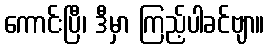
ကောင်းပြီ၊ ဒီမှာ ကြည့်ပါခင်ဗျာ။